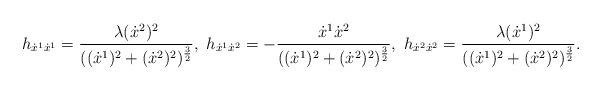
LaTeX: \begin{align*}h_{\dot{x}^1\dot{x}^1}= \frac{\lambda (\dot{x}^2)^2 }{((\dot{x}^1)^2+(\dot{x}^2)^2)^{\frac{3}{2}}}, ~ h_{\dot{x}^1\dot{x}^2}=-\frac{ \dot{x}^1\dot{x}^2 }{((\dot{x}^1)^2+(\dot{x}^2)^2)^{\frac{3}{2}}} , ~h_{\dot{x}^2\dot{x}^2}= \frac{\lambda (\dot{x}^1)^2 }{((\dot{x}^1)^2+(\dot{x}^2)^2)^{\frac{3}{2}}}.\end{align*}